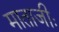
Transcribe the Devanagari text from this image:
माताजीः